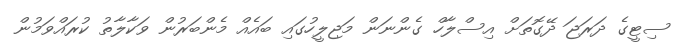
ސިޓީގެ ދަރަޖަ ދޭގޮތަށް އިސްލާހް ގެންނަން މަޖިލީހުގައި ބައެއް މެންބަރުން ވަކާލާތު ކުރައްވަމުން